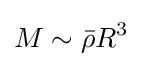
M\sim {\bar {\rho }}R^{3}~